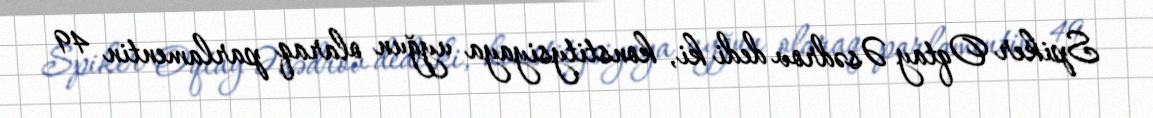
Spiker Oqtay Əsədrov dedi ki, konstitysiyaya uyğun olaraq parlamentin 49